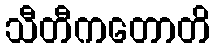
သီတီကတောတိ